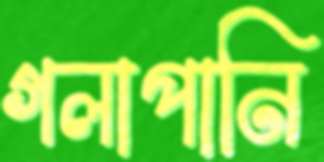
গলাপানি